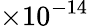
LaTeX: \times 10^{-14}